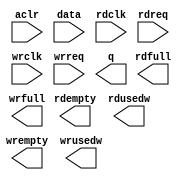
// megafunction wizard: %FIFO%VBB%
// GENERATION: STANDARD
// VERSION: WM1.0
// MODULE: dcfifo 

// ============================================================
// Megafunction Name(s):
// 			dcfifo
//
// Simulation Library Files(s):
// 			altera_mf
// ============================================================
// ************************************************************
// THIS IS A WIZARD-GENERATED FILE. DO NOT EDIT THIS FILE!
//
// 14.0.0 Build 200 06/17/2014 SJ Full Version
// ************************************************************

//Copyright (C) 1991-2014 Altera Corporation. All rights reserved.
//Your use of Altera Corporation's design tools, logic functions 
//and other software and tools, and its AMPP partner logic 
//functions, and any output files from any of the foregoing 
//(including device programming or simulation files), and any 
//associated documentation or information are expressly subject 
//to the terms and conditions of the Altera Program License 
//Subscription Agreement, the Altera Quartus II License Agreement,
//the Altera MegaCore Function License Agreement, or other 
//applicable license agreement, including, without limitation, 
//that your use is for the sole purpose of programming logic 
//devices manufactured by Altera and sold by Altera or its 
//authorized distributors.  Please refer to the applicable 
//agreement for further details.

module alt_fifo_64b_2048w (
	aclr,
	data,
	rdclk,
	rdreq,
	wrclk,
	wrreq,
	q,
	rdempty,
	rdfull,
	rdusedw,
	wrempty,
	wrfull,
	wrusedw);

	input	  aclr;
	input	[63:0]  data;
	input	  rdclk;
	input	  rdreq;
	input	  wrclk;
	input	  wrreq;
	output	[63:0]  q;
	output	  rdempty;
	output	  rdfull;
	output	[10:0]  rdusedw;
	output	  wrempty;
	output	  wrfull;
	output	[10:0]  wrusedw;
`ifndef ALTERA_RESERVED_QIS
// synopsys translate_off
`endif
	tri0	  aclr;
`ifndef ALTERA_RESERVED_QIS
// synopsys translate_on
`endif

endmodule

// ============================================================
// CNX file retrieval info
// ============================================================
// Retrieval info: PRIVATE: AlmostEmpty NUMERIC "0"
// Retrieval info: PRIVATE: AlmostEmptyThr NUMERIC "-1"
// Retrieval info: PRIVATE: AlmostFull NUMERIC "0"
// Retrieval info: PRIVATE: AlmostFullThr NUMERIC "-1"
// Retrieval info: PRIVATE: CLOCKS_ARE_SYNCHRONIZED NUMERIC "0"
// Retrieval info: PRIVATE: Clock NUMERIC "4"
// Retrieval info: PRIVATE: Depth NUMERIC "2048"
// Retrieval info: PRIVATE: Empty NUMERIC "1"
// Retrieval info: PRIVATE: Full NUMERIC "1"
// Retrieval info: PRIVATE: INTENDED_DEVICE_FAMILY STRING "Cyclone V"
// Retrieval info: PRIVATE: LE_BasedFIFO NUMERIC "0"
// Retrieval info: PRIVATE: LegacyRREQ NUMERIC "0"
// Retrieval info: PRIVATE: MAX_DEPTH_BY_9 NUMERIC "0"
// Retrieval info: PRIVATE: OVERFLOW_CHECKING NUMERIC "0"
// Retrieval info: PRIVATE: Optimize NUMERIC "0"
// Retrieval info: PRIVATE: RAM_BLOCK_TYPE NUMERIC "0"
// Retrieval info: PRIVATE: SYNTH_WRAPPER_GEN_POSTFIX STRING "0"
// Retrieval info: PRIVATE: UNDERFLOW_CHECKING NUMERIC "0"
// Retrieval info: PRIVATE: UsedW NUMERIC "1"
// Retrieval info: PRIVATE: Width NUMERIC "64"
// Retrieval info: PRIVATE: dc_aclr NUMERIC "1"
// Retrieval info: PRIVATE: diff_widths NUMERIC "0"
// Retrieval info: PRIVATE: msb_usedw NUMERIC "0"
// Retrieval info: PRIVATE: output_width NUMERIC "64"
// Retrieval info: PRIVATE: rsEmpty NUMERIC "1"
// Retrieval info: PRIVATE: rsFull NUMERIC "1"
// Retrieval info: PRIVATE: rsUsedW NUMERIC "1"
// Retrieval info: PRIVATE: sc_aclr NUMERIC "0"
// Retrieval info: PRIVATE: sc_sclr NUMERIC "0"
// Retrieval info: PRIVATE: wsEmpty NUMERIC "1"
// Retrieval info: PRIVATE: wsFull NUMERIC "1"
// Retrieval info: PRIVATE: wsUsedW NUMERIC "1"
// Retrieval info: LIBRARY: altera_mf altera_mf.altera_mf_components.all
// Retrieval info: CONSTANT: INTENDED_DEVICE_FAMILY STRING "Cyclone V"
// Retrieval info: CONSTANT: LPM_NUMWORDS NUMERIC "2048"
// Retrieval info: CONSTANT: LPM_SHOWAHEAD STRING "ON"
// Retrieval info: CONSTANT: LPM_TYPE STRING "dcfifo"
// Retrieval info: CONSTANT: LPM_WIDTH NUMERIC "64"
// Retrieval info: CONSTANT: LPM_WIDTHU NUMERIC "11"
// Retrieval info: CONSTANT: OVERFLOW_CHECKING STRING "ON"
// Retrieval info: CONSTANT: RDSYNC_DELAYPIPE NUMERIC "4"
// Retrieval info: CONSTANT: READ_ACLR_SYNCH STRING "OFF"
// Retrieval info: CONSTANT: UNDERFLOW_CHECKING STRING "ON"
// Retrieval info: CONSTANT: USE_EAB STRING "ON"
// Retrieval info: CONSTANT: WRITE_ACLR_SYNCH STRING "OFF"
// Retrieval info: CONSTANT: WRSYNC_DELAYPIPE NUMERIC "4"
// Retrieval info: USED_PORT: aclr 0 0 0 0 INPUT GND "aclr"
// Retrieval info: USED_PORT: data 0 0 64 0 INPUT NODEFVAL "data[63..0]"
// Retrieval info: USED_PORT: q 0 0 64 0 OUTPUT NODEFVAL "q[63..0]"
// Retrieval info: USED_PORT: rdclk 0 0 0 0 INPUT NODEFVAL "rdclk"
// Retrieval info: USED_PORT: rdempty 0 0 0 0 OUTPUT NODEFVAL "rdempty"
// Retrieval info: USED_PORT: rdfull 0 0 0 0 OUTPUT NODEFVAL "rdfull"
// Retrieval info: USED_PORT: rdreq 0 0 0 0 INPUT NODEFVAL "rdreq"
// Retrieval info: USED_PORT: rdusedw 0 0 11 0 OUTPUT NODEFVAL "rdusedw[10..0]"
// Retrieval info: USED_PORT: wrclk 0 0 0 0 INPUT NODEFVAL "wrclk"
// Retrieval info: USED_PORT: wrempty 0 0 0 0 OUTPUT NODEFVAL "wrempty"
// Retrieval info: USED_PORT: wrfull 0 0 0 0 OUTPUT NODEFVAL "wrfull"
// Retrieval info: USED_PORT: wrreq 0 0 0 0 INPUT NODEFVAL "wrreq"
// Retrieval info: USED_PORT: wrusedw 0 0 11 0 OUTPUT NODEFVAL "wrusedw[10..0]"
// Retrieval info: CONNECT: @aclr 0 0 0 0 aclr 0 0 0 0
// Retrieval info: CONNECT: @data 0 0 64 0 data 0 0 64 0
// Retrieval info: CONNECT: @rdclk 0 0 0 0 rdclk 0 0 0 0
// Retrieval info: CONNECT: @rdreq 0 0 0 0 rdreq 0 0 0 0
// Retrieval info: CONNECT: @wrclk 0 0 0 0 wrclk 0 0 0 0
// Retrieval info: CONNECT: @wrreq 0 0 0 0 wrreq 0 0 0 0
// Retrieval info: CONNECT: q 0 0 64 0 @q 0 0 64 0
// Retrieval info: CONNECT: rdempty 0 0 0 0 @rdempty 0 0 0 0
// Retrieval info: CONNECT: rdfull 0 0 0 0 @rdfull 0 0 0 0
// Retrieval info: CONNECT: rdusedw 0 0 11 0 @rdusedw 0 0 11 0
// Retrieval info: CONNECT: wrempty 0 0 0 0 @wrempty 0 0 0 0
// Retrieval info: CONNECT: wrfull 0 0 0 0 @wrfull 0 0 0 0
// Retrieval info: CONNECT: wrusedw 0 0 11 0 @wrusedw 0 0 11 0
// Retrieval info: GEN_FILE: TYPE_NORMAL alt_fifo_64b_2048w.v TRUE
// Retrieval info: GEN_FILE: TYPE_NORMAL alt_fifo_64b_2048w.inc FALSE
// Retrieval info: GEN_FILE: TYPE_NORMAL alt_fifo_64b_2048w.cmp FALSE
// Retrieval info: GEN_FILE: TYPE_NORMAL alt_fifo_64b_2048w.bsf FALSE
// Retrieval info: GEN_FILE: TYPE_NORMAL alt_fifo_64b_2048w_inst.v FALSE
// Retrieval info: GEN_FILE: TYPE_NORMAL alt_fifo_64b_2048w_bb.v TRUE
// Retrieval info: LIB_FILE: altera_mf